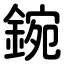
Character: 鋺